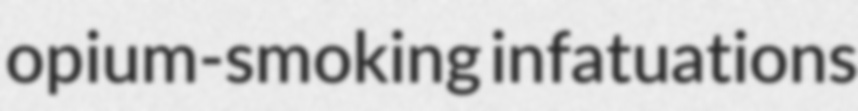
opium-smoking infatuations